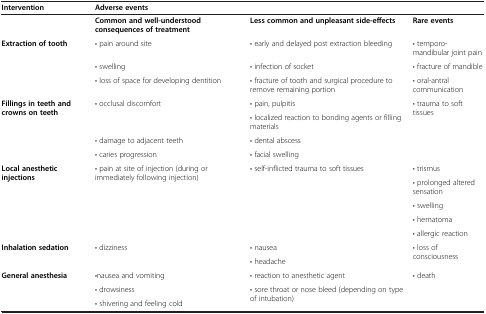
| Intervention | <COLSPAN=3> Adverse events |
 | --- | --- | --- | --- |
 |  | Common and well-understood consequences of treatment | Less common and unpleasant side-effects | Rare events |
 | <ROWSPAN=3> Extraction of tooth | • pain around site | • early and delayed post extraction bleeding | • temporo-mandibular joint pain |
 | • swelling | • infection of socket | • fracture of mandible |
 | • loss of space for developing dentition | • fracture of tooth and surgical procedure to remove remaining portion | • oral-antral communication |
 | <ROWSPAN=4> Fillings in teeth and crowns on teeth | <ROWSPAN=2> • occlusal discomfort | • pain, pulpitis | <ROWSPAN=4> • trauma to soft tissues |
 | • localized reaction to bonding agents or filling materials |
 | • damage to adjacent teeth | • dental abscess |
 | • caries progression | • facial swelling |
 | <ROWSPAN=5> Local anesthetic injections | <ROWSPAN=5> • pain at site of injection (during or immediately following injection) | <ROWSPAN=5> • self-inflicted trauma to soft tissues | • trismus |
 | • prolonged altered sensation |
 | • swelling |
 | • hematoma |
 | • allergic reaction |
 | <ROWSPAN=2> Inhalation sedation | <ROWSPAN=2> • dizziness | • nausea | <ROWSPAN=2> • loss of consciousness |
 | • headache |
 | <ROWSPAN=3> General anesthesia | •nausea and vomiting | • reaction to anesthetic agent | <ROWSPAN=3> • death |
 | • drowsiness | <ROWSPAN=2> • sore throat or nose bleed (depending on type of intubation) |
 | • shivering and feeling cold |